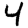
Digit: 4